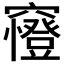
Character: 𥨰